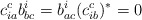
\begin{align*}c_{ia}^c b_{bc}^i=b_{ac}^i (c_{ib}^c)^*=0\end{align*}